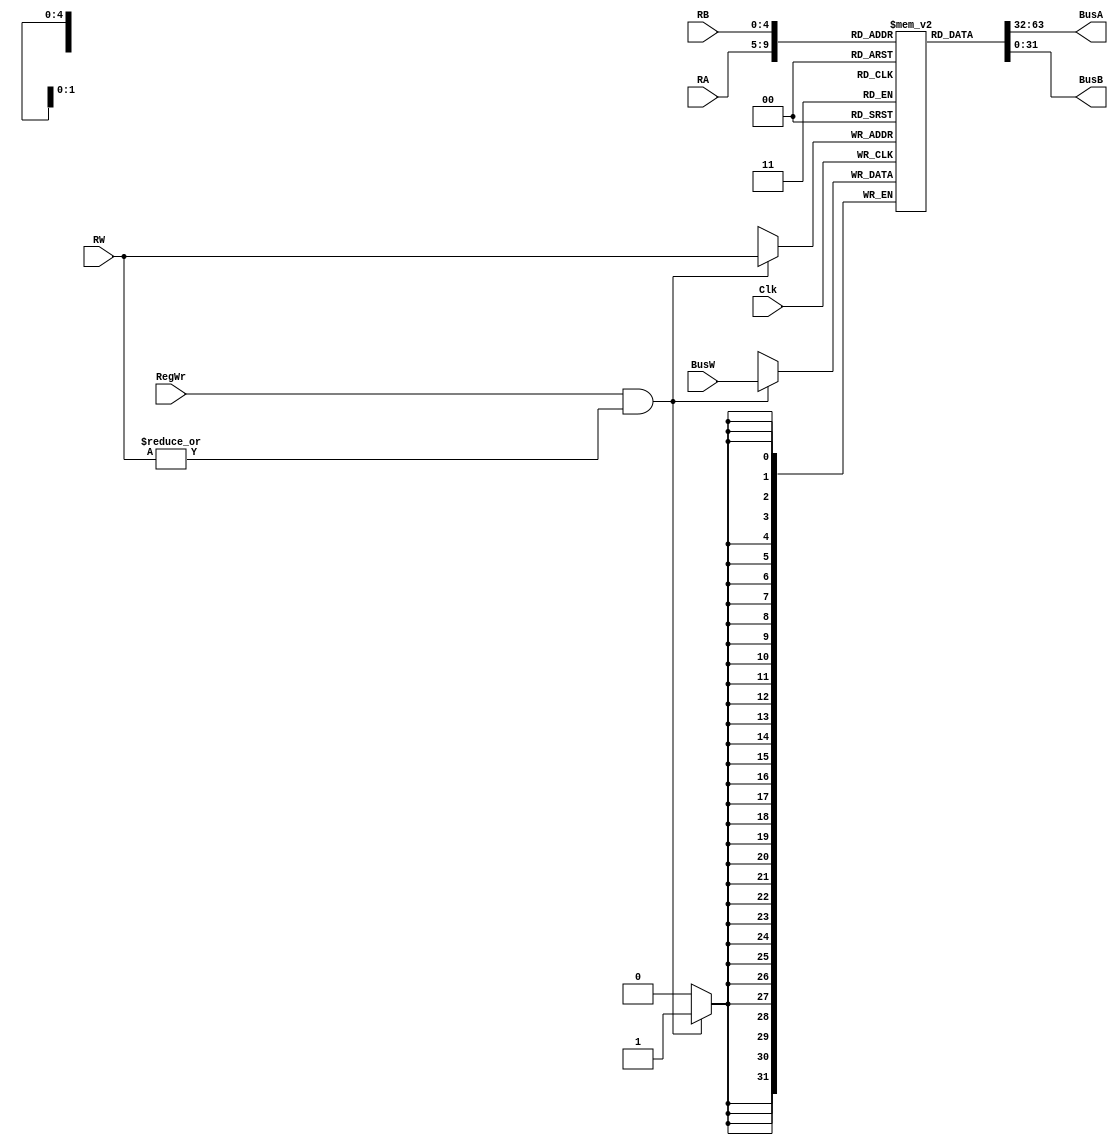
`ifndef _registerfile_v_
`define _registerfile_v_
`endif

// 32 by 32 register File. Two read ports, one write port
module RegisterFile (BusA , BusB , BusW, RA, RB, RW, RegWr , Clk ) ;

  output wire [31:0] BusA, BusB;   // Output read data port A and B
  input wire [31:0] BusW;          // Input write data
  input wire [4:0] RA, RB, RW;     // Read and Write register select
  input wire RegWr;                // Write enable, active high 
  input wire Clk;                  // Register write on negedge clk
  
  reg [31:0] rf [31:0];            // The actual data storage elements
  initial rf[0] <= 0;              // Hard wire R0 = 0;
  
  wire WriteAddressValid = |RW;     // May only write to R1-R31
  wire RegWrValid = RegWr & WriteAddressValid;

  assign BusA = rf[RA];            // Asynchronous read port A
  assign BusB = rf[RB];            // Asynchronous read port B
  
  always @(posedge Clk)            // Synchronous write port W
  begin
    if (RegWrValid)                // Only write if Write is Enabled
      rf[RW] <= BusW;              // and we are not writing to R0
  end

endmodule